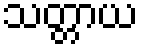
သတ္တာယ